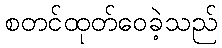
စတင်ထုတ်ဝေခဲ့သည်